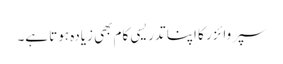
سپروائزر کا اپنا تدریسی کام بھی زیادہ ہوتا ہے۔